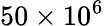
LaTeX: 50\times 10^{6}